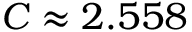
C \approx 2 . 5 5 8